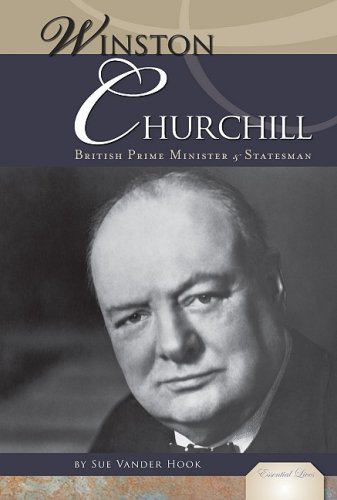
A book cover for Winston Churchill: British Prime Minister & Statesman (Essential Lives); Sue Vander Hook; Teen & Young Adult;